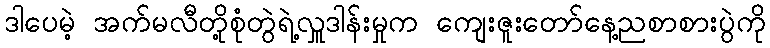
ဒါပေမဲ့ အက်မလီတို့စုံတွဲရဲ့လှူဒါန်းမှုက ကျေးဇူးတော်နေ့ညစာစားပွဲကို